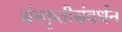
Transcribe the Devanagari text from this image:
संस्कृतीसंवर्धन